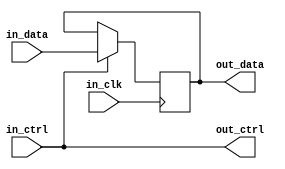
module ecl_io_buffer (
    input       wire    in_clk,
    output      reg     out_data,
    input       wire    in_data,
    input       wire    in_ctrl,
    output      wire    out_ctrl
);

reg out_buffer;

always @ (posedge in_clk) begin
    if (in_ctrl == 1'b1) begin
        out_buffer <= in_data;
    end
end

assign out_data = out_buffer;
assign out_ctrl = in_ctrl;

endmodule